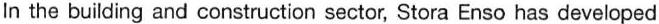
In the building and construction sector, Stora Enso has developed